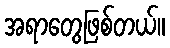
အရာတွေဖြစ်တယ်။